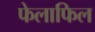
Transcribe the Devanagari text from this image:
फेलाफिल